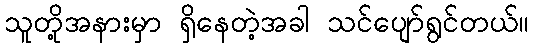
သူတို့အနားမှာ ရှိနေတဲ့အခါ သင်ပျော်ရွင်တယ်။